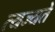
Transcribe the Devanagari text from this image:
त्यज्यते